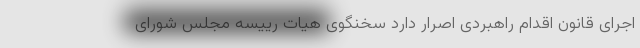
اجرای قانون اقدام راهبردی اصرار دارد سخنگوی هیات رییسه مجلس شورای